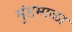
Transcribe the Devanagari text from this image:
मुंडमाळा